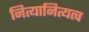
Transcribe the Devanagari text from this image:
नित्यानित्यत्व